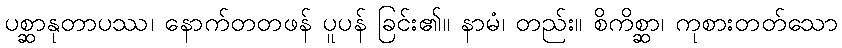
ပစ္ဆာနုတာပဿ၊ နောက်တတဖန် ပူပန် ခြင်း၏။ နာမံ၊ တည်း။ စိကိစ္ဆာ၊ ကုစားတတ်သော